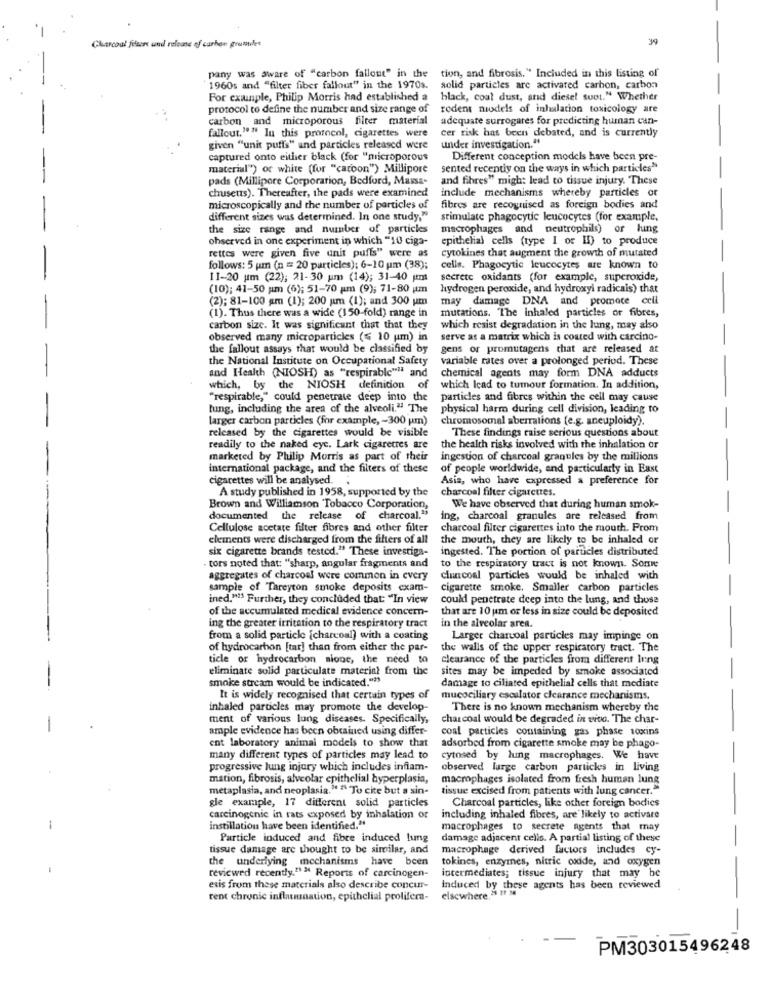
Charcoal filters and release of carbon grunnles
pany was aware of "carbon fallout" in the tion, and fibrosis." Included in this listing of
1960s and "filter fiber fallout" in the 1970s.
solid particles are activated carbon, carbon
For example, Philip Morris had established a
black, coal dust, and diesel suot." Whether
protocol to define the number and size range of rodent models of inhalation toxicology are
carbon and microporous filter material
adequate surrogates for predicting human can-
fallout."" In this protocol, cigarettes were
cer risk has been debated, and is currently
given "unit puffs" and particles released were
under investigation."
captured onto either black (for "microporous
Different conception models have been pre-
material") or white (for "caroon") Millipore
sented recently on the ways in which particles"
pads (Millipore Corporation, Bedford, Massa-
and fihres" migh: lead to tissue injury. These
chusetts). Thereafter, the pads were examined
include mechanisms whereby particles or
microscopically and the number of particles of
fibres are recognised as foreign bodies and
different sizes was determined. In one study,"
stimulate phagocytic leucocytes (for example.
the size range and number of particles
macrophages and neutrophils) or hung
ohserved in one experiment in which "10 ciga-
epithelial cells (type I or Il) to produce
cytokines that augment the growth of mutated
rettes were given five unit puffs" were as
follows: 5 pm (n = 20 particles); 6-10 um (38);
cells. Phagocytic leucocytes are known to
11-20 um (22); 21-30 um (14); 31-40 pm
secrete oxidants (for example, superoxide,
(10); 41-50 pm (6); 51-70 pm (9); 71-80 pm
hydrogen peroxide, and hydroxyl radicais) that
(2); 81-100 am (1); 200 um (1); and 300 um
may damage DNA and promote cell
(1). Thus there was a wide (150-fold) range in
mutations. The Inhaled particles or fibres,
carbon size. It was significant that that they
which resist degradation in the lung, may also
observed many microparticles (≤ 10 um) in
serve as a matrix which is coated with carcino-
the fallout assays that would be classified by
gens or promutagens that are released at
the National Institute on Occupational Safety
variable rates over a prolonged period. These
and Health (NIOSH) as "respirable"" and
chemical agents may form DNA adducts
of
which, by the NIOSH definicion
which lead to tumour formation. In addition,
"respirable," could penetrate deep into the
particles and fibres within the cell may cause
tung, including the area of the alveoli." The
physical harm during cell division, leading to
larger carbon particles (for example, - 300 um)
chromosomal aberrations (e.g. aneuploidy).
released by the cigarettes would be visible
These findings raise serious questions about
readily to the naked eye. Lark cigaretres are
the health risks involved with the inhalation or
marketed by Philip Morris as part of their
ingestion of charcoal granules by the millions
international package, and the filters of these
of people worldwide, and particularly in East
cigarettes will be analysed.
Asia, who have expressed a preference for
A study published in 1958, supported by the
charcoal filter cigarettes.
Brown and Williamson Tobacco Corporation,
We have observed that during human smok-
documented the release of charcoal."
ing, charcoal granules are released from
Cellulose acetate filter fibres and other filter
charcoal filter cigarettes into the mouth. Prom
elements were discharged from the filters of all
the mouth, they are likely to be inhaled or
six cigarette brands tested." These investiga-
ingested. The portion of particles distributed
. tors noted that: "sharp, angular fragments and
to the respiratory tract is not known. Some
aggregates of charcoal were common in every
ciuncoal particles would be inhaled with
sample of Tareyton smoke deposits exam-
cigarette smoke. Smaller carbon particles
ined."33 Further, they concluded that: "In view
could penetrate deep into the lung, and those
of the accumulated medical evidence concern-
that are 10 um or less in size could be deposited
in the alveolar area.
ing the greater irritation to the respiratory tract
from a solid particle [charcoal) with a coating
Larger charcoal particles may impinge on
of hydrocarbon [tar] than from either the par-
the walls of the upper respiratory tract. The
ticle or hydrocarbon sione, the need to
clearance of the particles from different Inng
eliminate solid particulate material from the
sites may be impeded by smoke associated
smoke stream would be indicated."3
damage to ciliated epithelial cells that mediate
It is widely recognised that certain types of
mucociliary escalator clearance mechanisms.
inhaled particles may promote the develop-
There is no known mechanism whereby the
ment of various lung diseases. Specifically,
charcoal would be degraded in vivo. The char-
ample evidence has been obtained using differ-
coal particles containing gas phase toxins
ent laboratory animal models to show that
adsorbed from cigarette smoke may be phago-
many different types of particles may lead to
cytosed by lung macrophages. We have
progressive lung injury which includes inflam-
observed large carbon partick's in living
mation, fibrosis, alveolar epithelial hyperplasia,
macrophages isolated from fresh human lung
metaplasia, and neoplasia." " To cite but a sin-
tissue excised from patients with lung cancer."
Charcoal particles, like other foreign bodies
gle example, 17 different solid particles
carcinogenic in rats exposed by inhalation or
including inhaled fibres, are likely to activate
instillation have been identified."
macrophages to secrete agents that may
Particle induced and fibre induced lung
damage adjacent cells. A partial listing of these
-
tissue damage are thought to be similar, and
macrophage derived factors includes cy-
the underlying mechanisms have been
tokines, enzymes, nitric oxide, and oxygen
reviewed recently." > Reports of carcinogen-
intermediates; tissue injury that may be
exis from these materials also describe concur-
Induced by these agents has been reviewed
rent chronic inflammation, epithelial prolifera- elsewhere,5 11 M
PM303015496248